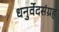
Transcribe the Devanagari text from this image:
धनुर्वेदसंग्रह